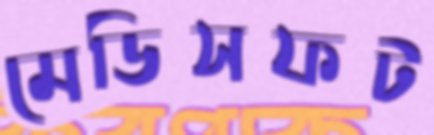
মেডিসফট